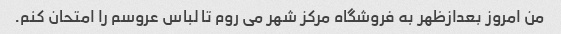
من امروز بعدازظهر به فروشگاه مرکز شهر می روم تا لباس عروسم را امتحان کنم.